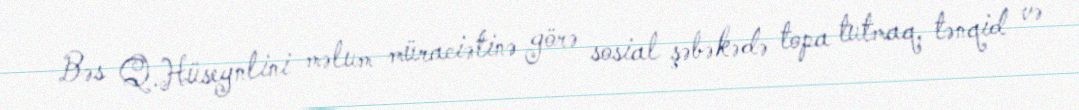
Bəs Q.Hüseynlini məlum müraciətinə görə sosial şəbəkədə topa tutmaq, tənqid və